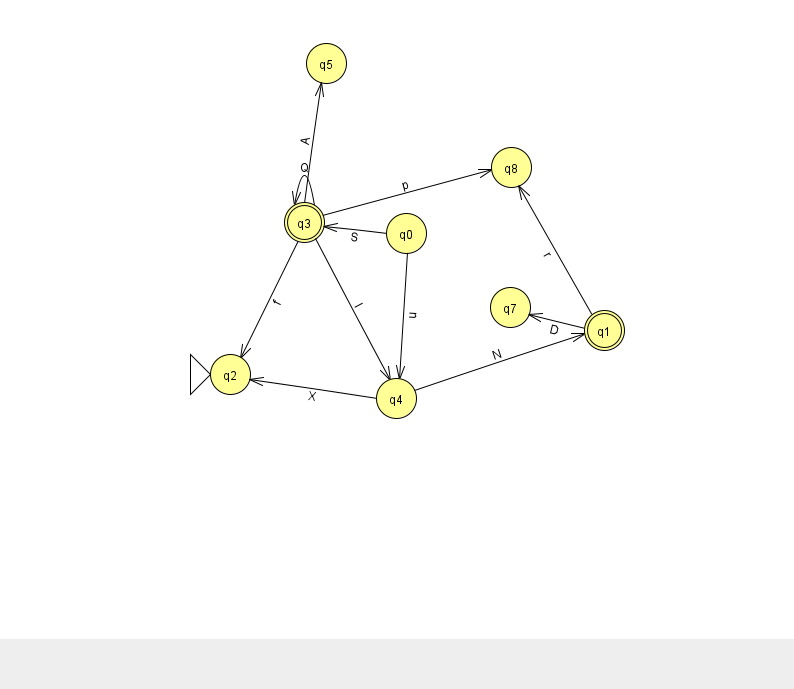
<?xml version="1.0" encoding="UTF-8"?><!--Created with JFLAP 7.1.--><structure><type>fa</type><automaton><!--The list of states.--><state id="0" name="q0"><x>406.0</x><y>220.0</y></state><state id="1" name="q1"><x>604.0</x><y>317.0</y><final/></state><state id="2" name="q2"><x>230.0</x><y>361.0</y><initial/></state><state id="3" name="q3"><x>304.0</x><y>209.0</y><final/></state><state id="4" name="q4"><x>396.0</x><y>385.0</y></state><state id="5" name="q5"><x>326.0</x><y>50.0</y></state><state id="7" name="q7"><x>510.0</x><y>294.0</y></state><state id="8" name="q8"><x>511.0</x><y>154.0</y></state><!--The list of transitions.--><transition><from>3</from><to>3</to><read>Q</read></transition><transition><from>3</from><to>5</to><read>A</read></transition><transition><from>3</from><to>4</to><read>I</read></transition><transition><from>3</from><to>8</to><read>p</read></transition><transition><from>1</from><to>7</to><read>D</read></transition><transition><from>0</from><to>4</to><read>u</read></transition><transition><from>3</from><to>2</to><read>f</read></transition><transition><from>0</from><to>3</to><read>S</read></transition><transition><from>4</from><to>1</to><read>N</read></transition><transition><from>4</from><to>2</to><read>X</read></transition><transition><from>1</from><to>8</to><read>r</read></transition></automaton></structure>